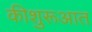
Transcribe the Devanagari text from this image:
कीशुरूआत